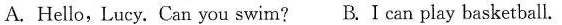
A. Hello, Lucy. Can you swim? B. I can play basketball.